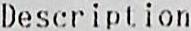
DESCRIPTION